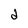
Character: d